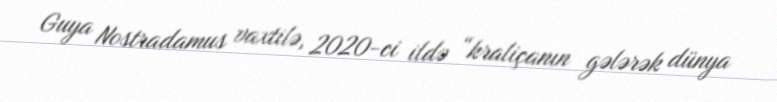
Guya Nostradamus vaxtilə, 2020-ci ildə “kraliçanın gələrək dünya